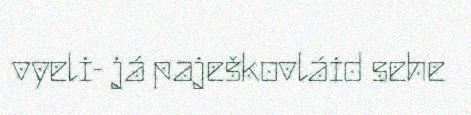
vyeli- já paješkovláid sehe